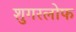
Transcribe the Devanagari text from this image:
शुगरलोफ